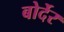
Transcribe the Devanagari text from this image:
बोर्देर